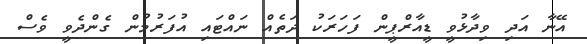
އޭނާ އަދި ވިދާޅުވީ ޑީއާރްޕީން ފަހަރަކު ދަތެއް ނައްޓައި އުފަރުމުން ގެންދެވީ ވެސް